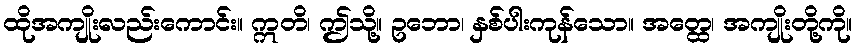
ထိုအကျိုးလည်းကောင်း။ ဣတိ၊ ဤသို့။ ဥဘော၊ နှစ်ပါးကုန်သော။ အတ္ထေ၊ အကျိုးတို့ကို။